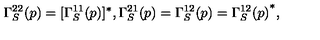
\Gamma _ { S } ^ { 2 2 } ( p ) = [ \Gamma _ { S } ^ { 1 1 } ( p ) ] ^ { * } , \Gamma _ { S } ^ { 2 1 } ( p ) = \Gamma _ { S } ^ { 1 2 } ( p ) = { \Gamma _ { S } ^ { 1 2 } ( p ) } ^ { * } ,